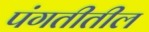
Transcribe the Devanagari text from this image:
पंगतीतील